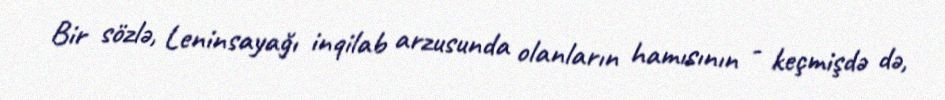
Bir sözlə, Leninsayağı inqilab arzusunda olanların hamısının - keçmişdə də,